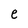
Character: e